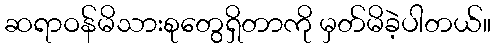
ဆရာဝန်မိသားစုတွေရှိတာကို မှတ်မိခဲ့ပါတယ်။